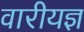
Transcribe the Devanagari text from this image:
वारीयज्ञ